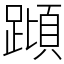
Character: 蹞